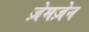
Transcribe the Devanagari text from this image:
ज़ेमज़ेन